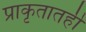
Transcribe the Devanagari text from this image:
प्राकृतातही